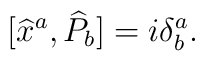
\lbrack \widehat{x}^{a},\widehat{P}_{b}]=i\delta _{b}^{a}.